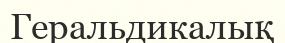
Геральдикалық